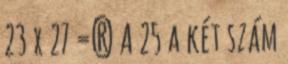
23 x 27 =? A 25 a két szám